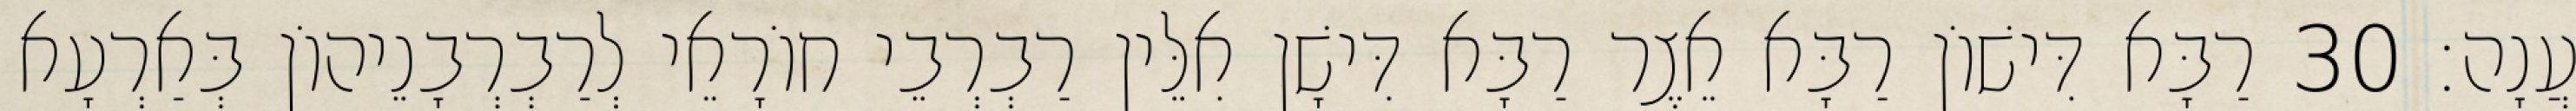
עֲנָה׃ 30 רַבָּא דִּישׁוֹן רַבָּא אֵצֶר רַבָּא דִּישָׁן אִלֵּין רַבְרְבֵי חוֹרָאֵי לְרַבְרְבָנֵיהוֹן בְּאַרְעָא